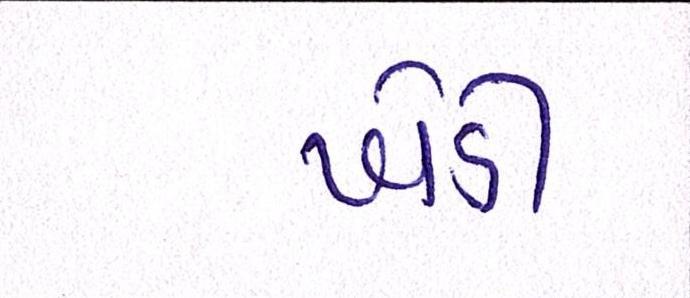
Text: ખેડી